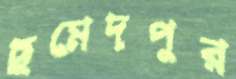
ছমেদপুর